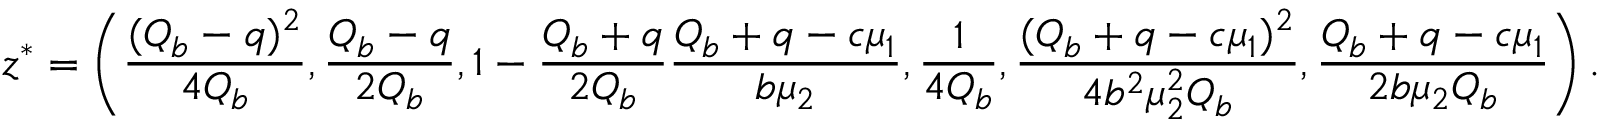
\boldsymbol { z } ^ { * } = \left( \frac { ( Q _ { b } - q ) ^ { 2 } } { 4 Q _ { b } } , \frac { Q _ { b } - q } { 2 Q _ { b } } , 1 - \frac { Q _ { b } + q } { 2 Q _ { b } } \frac { Q _ { b } + q - c \mu _ { 1 } } { b \mu _ { 2 } } , \frac { 1 } { 4 Q _ { b } } , \frac { ( Q _ { b } + q - c \mu _ { 1 } ) ^ { 2 } } { 4 b ^ { 2 } \mu _ { 2 } ^ { 2 } Q _ { b } } , \frac { Q _ { b } + q - c \mu _ { 1 } } { 2 b \mu _ { 2 } Q _ { b } } \right) .